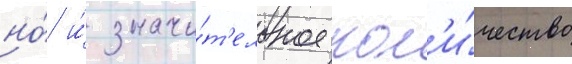
но́ и́ значи́т'ельное кол'и́чество